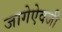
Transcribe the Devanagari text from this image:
जागेऐवजी